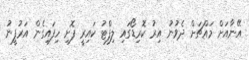
އޭނާއަށް މައްޗަށް ދެވުނު އިރު ކޮރިޑޯގައި ލިފްޓު ކައިރީ ފޮށި ހިފައިގެން އަރުފީނު